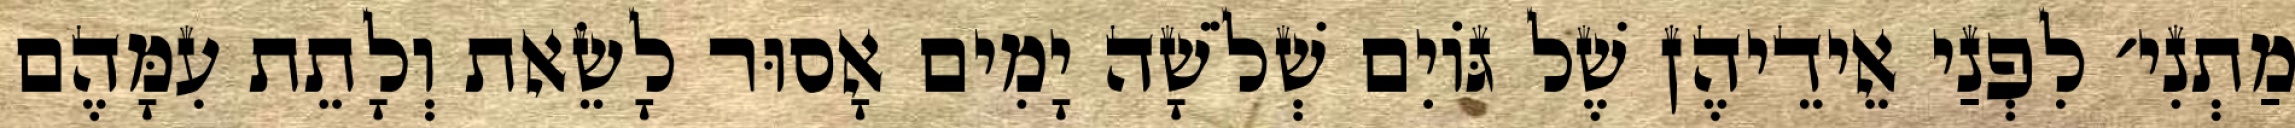
מַתְנִי׳ לִפְנַי אֵידֵיהֶן שֶׁל גּוֹיִם שְׁלֹשָׁה יָמִים אָסוּר לָשֵׂאת וְלָתֵת עִמָּהֶם